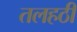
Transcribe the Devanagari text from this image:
तलहठी